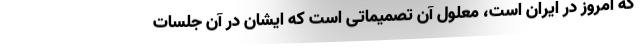
که امروز در ایران است، معلول آن تصمیماتی است که ایشان در آن جلسات